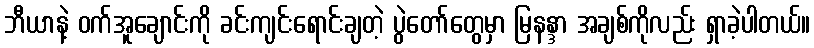
ဘီယာနဲ့ ဝက်အူချောင်းကို ခင်းကျင်းရောင်းချတဲ့ ပွဲတော်တွေမှာ မြနန္ဒာ အချစ်ကိုလည်း ရှာခဲ့ပါတယ်။